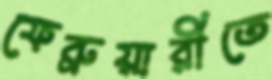
ফেব্রুয়ারীতে